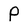
Character: p